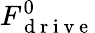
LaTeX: F_{\mathrm{~d~r~i~v~e~}}^{0}